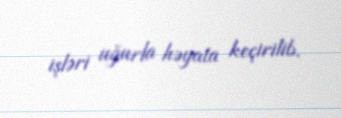
işləri uğurla həyata keçirilib.